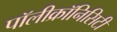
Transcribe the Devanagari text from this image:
पॉलीक्रॉनिसिटी